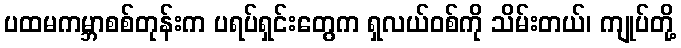
ပထမကမ္ဘာစစ်တုန်းက ပရပ်ရှင်းတွေက ရှလယ်ဝစ်ကို သိမ်းတယ်၊ ကျုပ်တို့